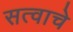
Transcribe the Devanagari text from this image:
सत्वाचे